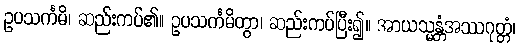
ဥပသင်္ကမိ၊ ဆည်းကပ်၏။ ဥပသင်္ကမိတွာ၊ ဆည်းကပ်ပြီး၍။ အာယသ္မန္တံအဿဂုတ္တံ၊